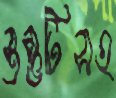
স্তম্ভটিসহ